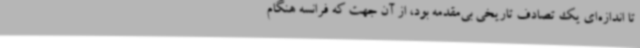
تا اندازه‌ای یک تصادف تاریخی بی‌مقدمه بود، از آن جهت که فرانسه هنگام